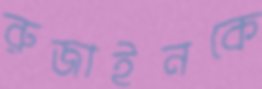
রুজাইনকে